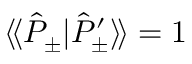
\langle \! \langle \hat { P } _ { \pm } | \hat { P } _ { \pm } ^ { \prime } \rangle \! \rangle = 1